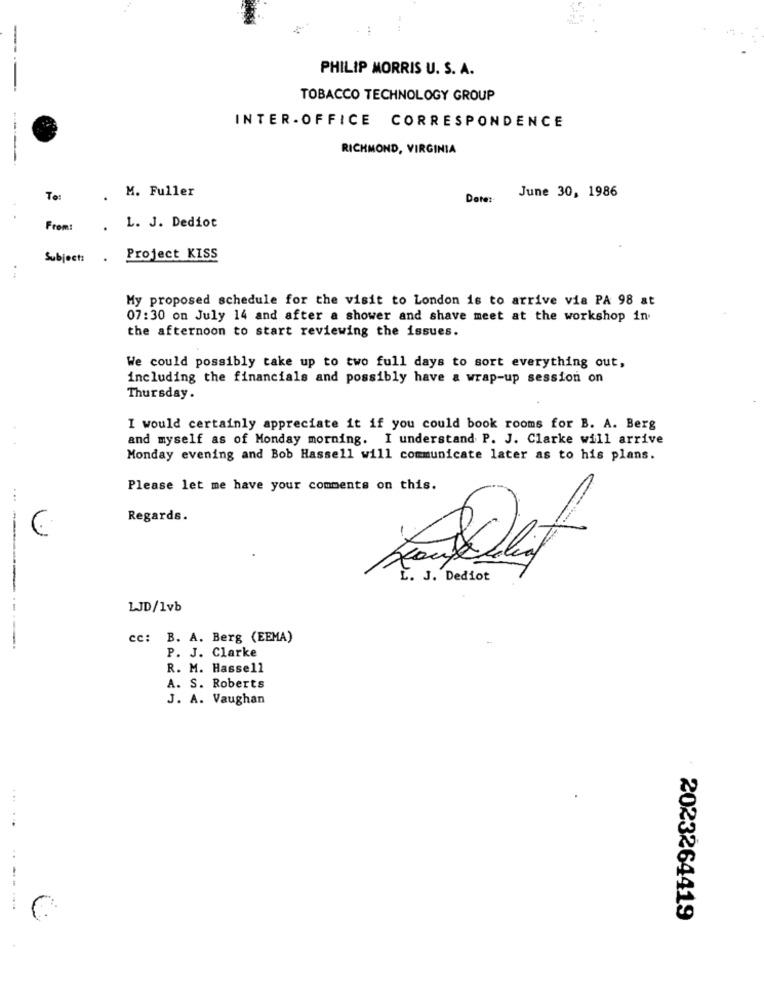
PHILIP MORRIS U. S. A.
TOBACCO TECHNOLOGY GROUP
INTER - OFFICE CORRESPONDENCE
RICHMOND, VIRGINIA
M. Fuller
To:
Date :-
June 30, 1986
From:
. L. J. Dediot
Subject:
. Project KISS
. ..
My proposed schedule for the visit to London is to arrive vis PA 98 at
07:30 on July 14 and after a shower and shave meet at the workshop in
the afternoon to start reviewing the issues.
We could possibly take up to two full days to sort everything out,
including the financials and possibly have a wrap-up session on
Thursday.
I would certainly appreciate it if you could book rooms for B. A. Berg
and myself as of Monday morning. I understand P. J. Clarke will arrive
Monday evening and Bob Hassell will communicate later as to his plans.
Please let me have your comments on this.
Regards.
L. J. Dediot
... ----
LJD/1vb
cc: B. A. Berg (EEMA)
----.
P. J. Clarke
R. M. Hassell
A. S. Roberts
J. A. Vaughan
-------
2023264419